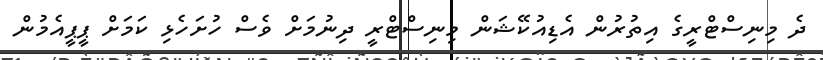
ދެ މިނިސްޓްރީގެ އިތުރުން އެޑިއުކޭޝަން މިނިސްޓްރީ ދިނުމަށް ވެސް ހުށަހެޅި ކަމަށް ޕީޕީއެމުން